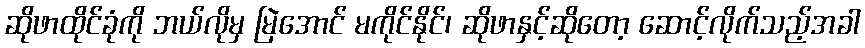
ဆိုဖာထိုင်ခုံကို ဘယ်လိုမှ မြဲအောင် မကိုင်နိုင်၊ ဆိုဖာနှင့်ဆိုတော့ ဆောင့်လိုက်သည့်အခါ